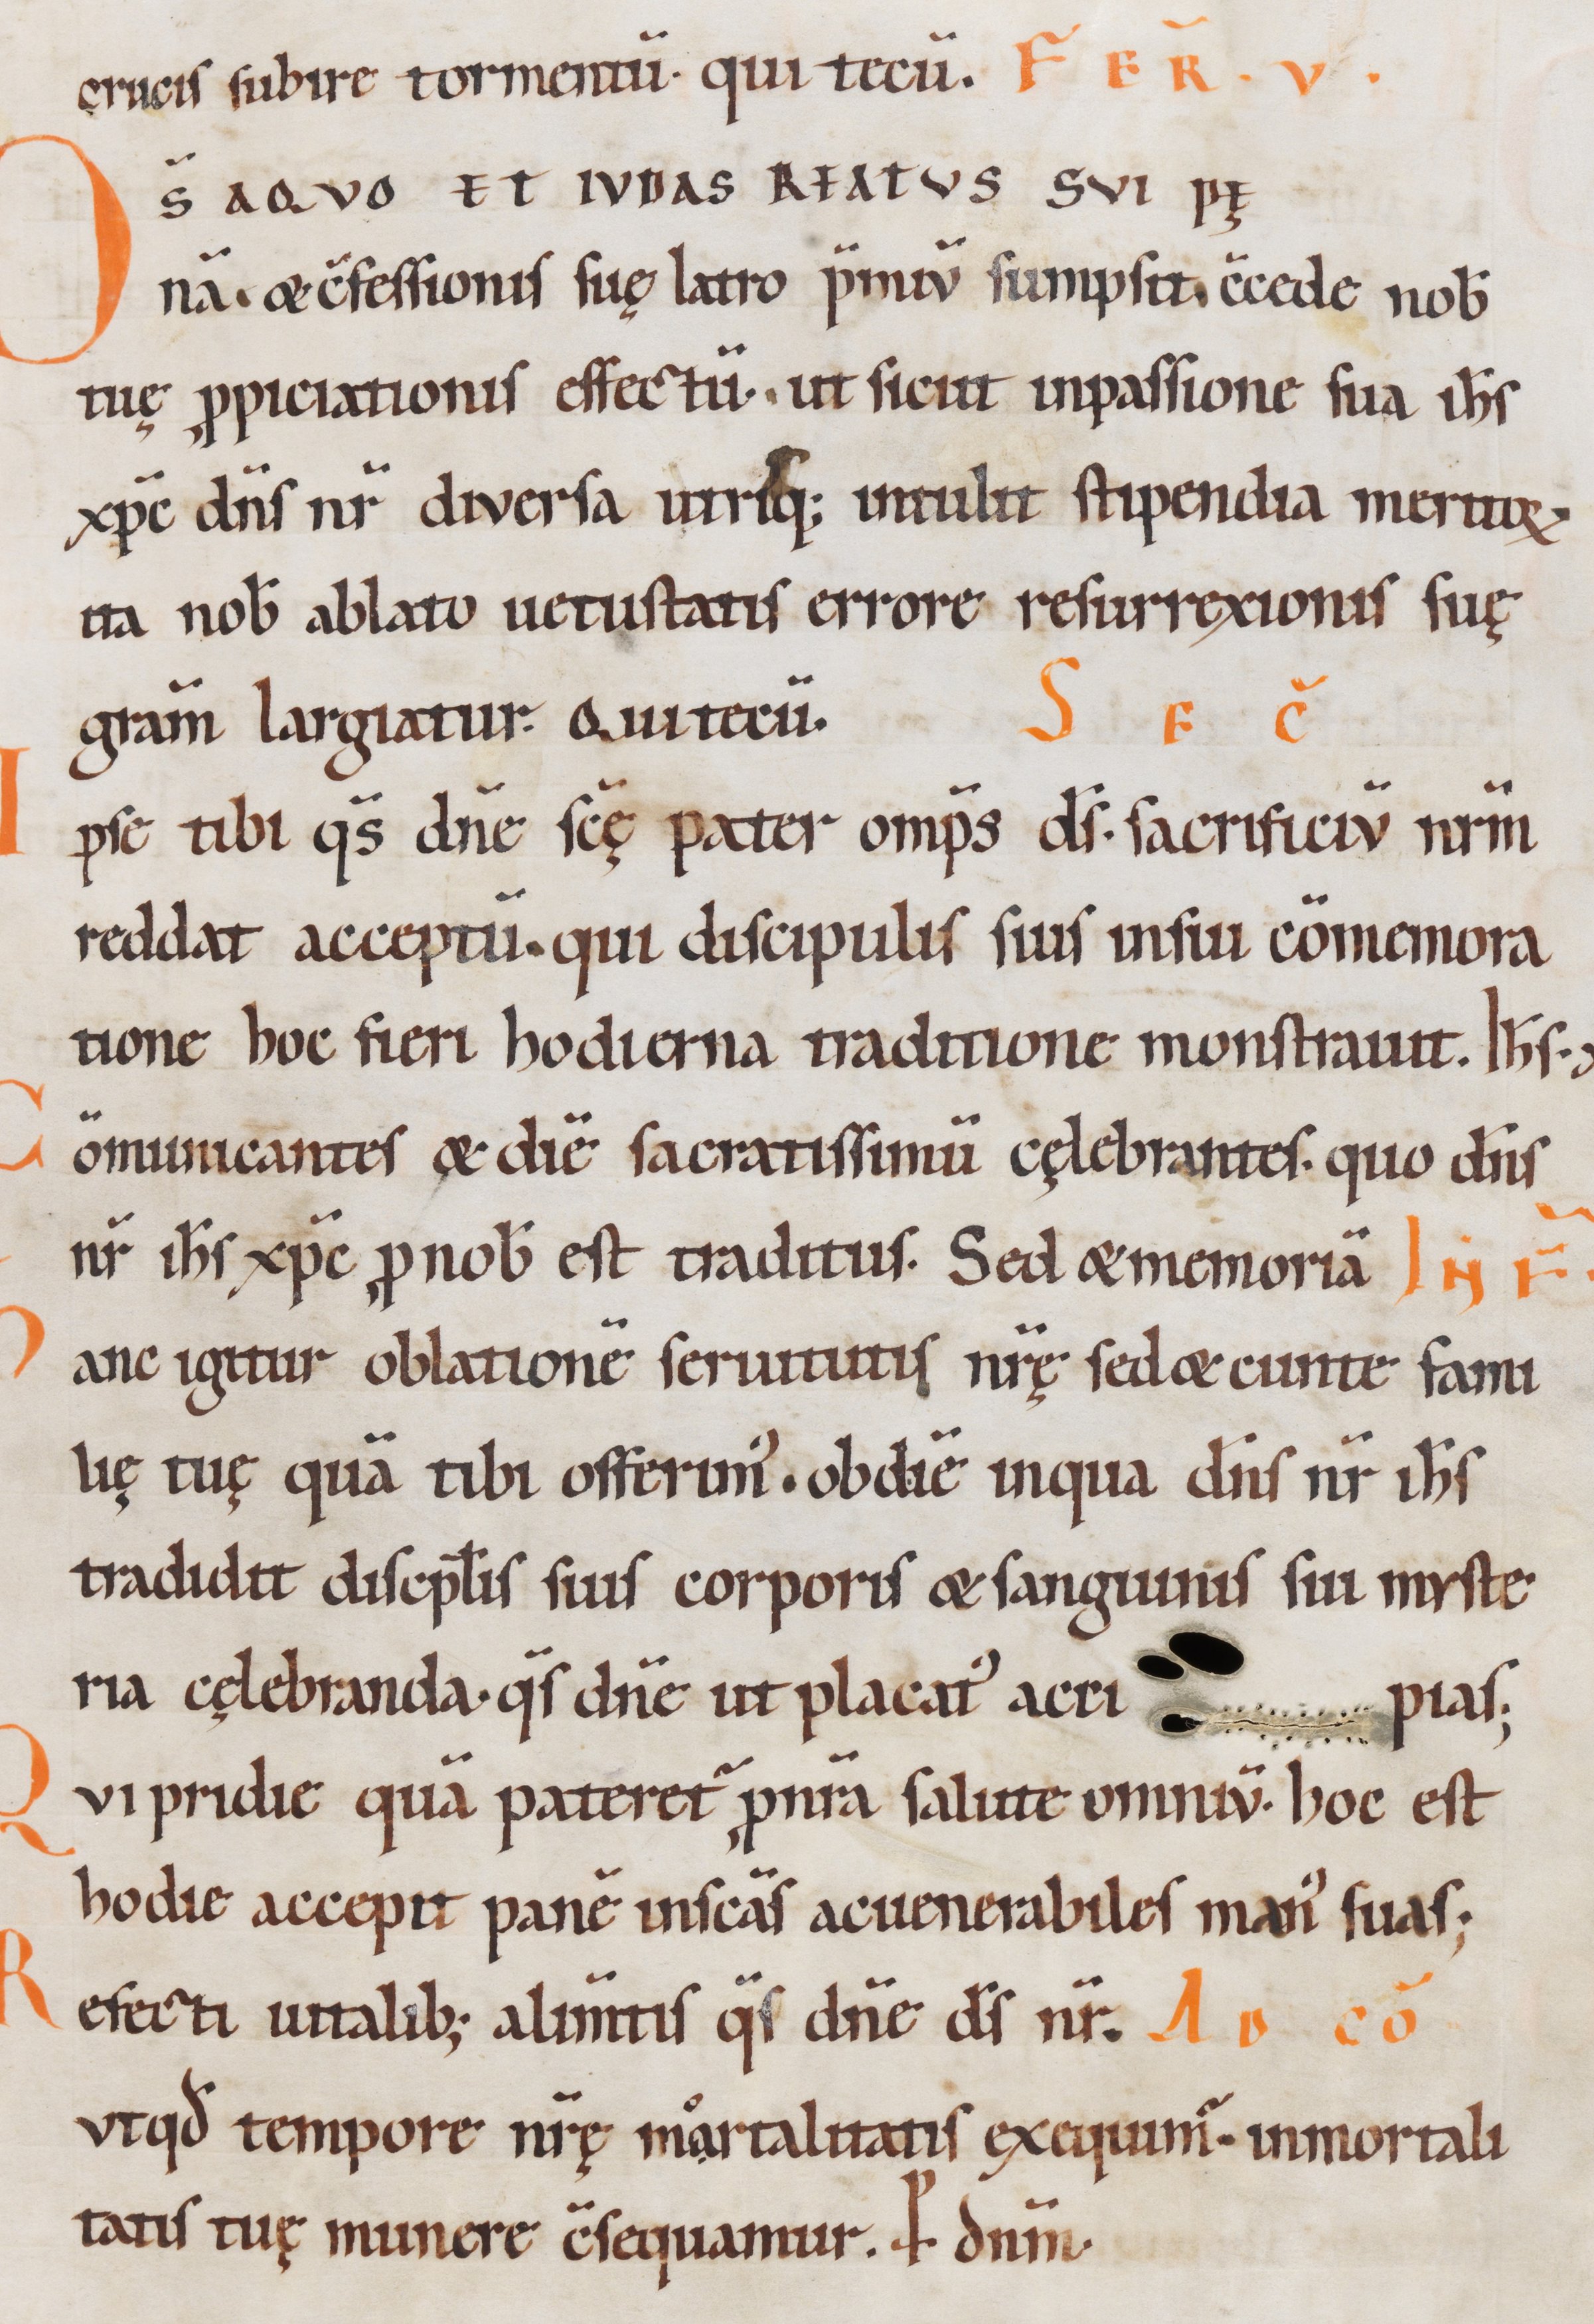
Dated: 1100–1199